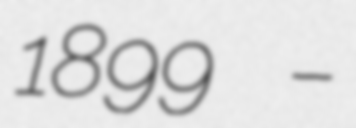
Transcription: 1899 –